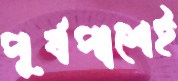
পূর্বপাশেই